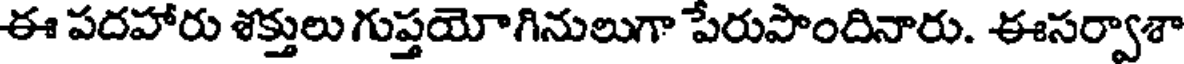
ఈ పదహారు శక్తులు గుప్తయోగినులుగా పేరుపొందినారు. ఈసర్వాశా